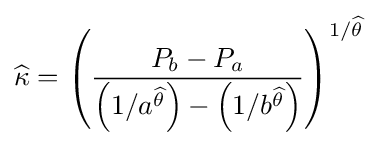
{\widehat {\kappa }}=\left({\frac {P_{b}-P_{a}}{\left(1/a^{\widehat {\theta }}\right)-\left(1/b^{\widehat {\theta }}\right)}}\right)^{1/{\widehat {\theta }}}